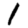
Digit: 1